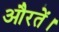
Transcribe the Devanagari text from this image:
औरतें।